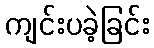
ကျင်းပခဲ့ခြင်း